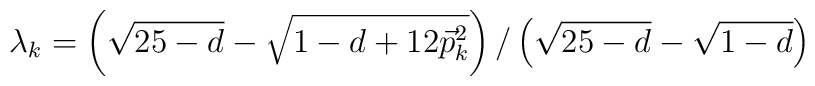
\lambda_{k} = \left(\sqrt{25-d} - \sqrt{1-d+12\vec{p}_{k}^{2}}\right)/ \left(\sqrt{25-d} - \sqrt{1-d}\right)